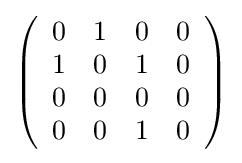
{\textstyle \left({\begin{array}{rrrr}0&1&0&0\\1&0&1&0\\0&0&0&0\\0&0&1&0\\\end{array}}\right)}